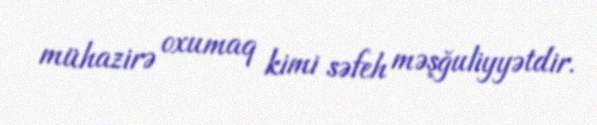
mühazirə oxumaq kimi səfeh məşğuliyyətdir.